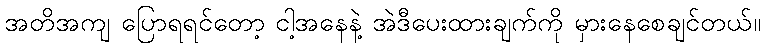
အတိအကျ ပြောရရင်တော့ ငါ့အနေနဲ့ အဲဒီပေးထားချက်ကို မှားနေစေချင်တယ်။